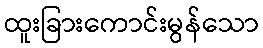
ထူးခြားကောင်းမွန်သော